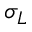
\sigma _ { L }